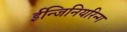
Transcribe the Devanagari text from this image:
ईन्जिनियरिन्ग